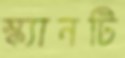
স্ক্যানটি